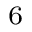
^ { 6 }